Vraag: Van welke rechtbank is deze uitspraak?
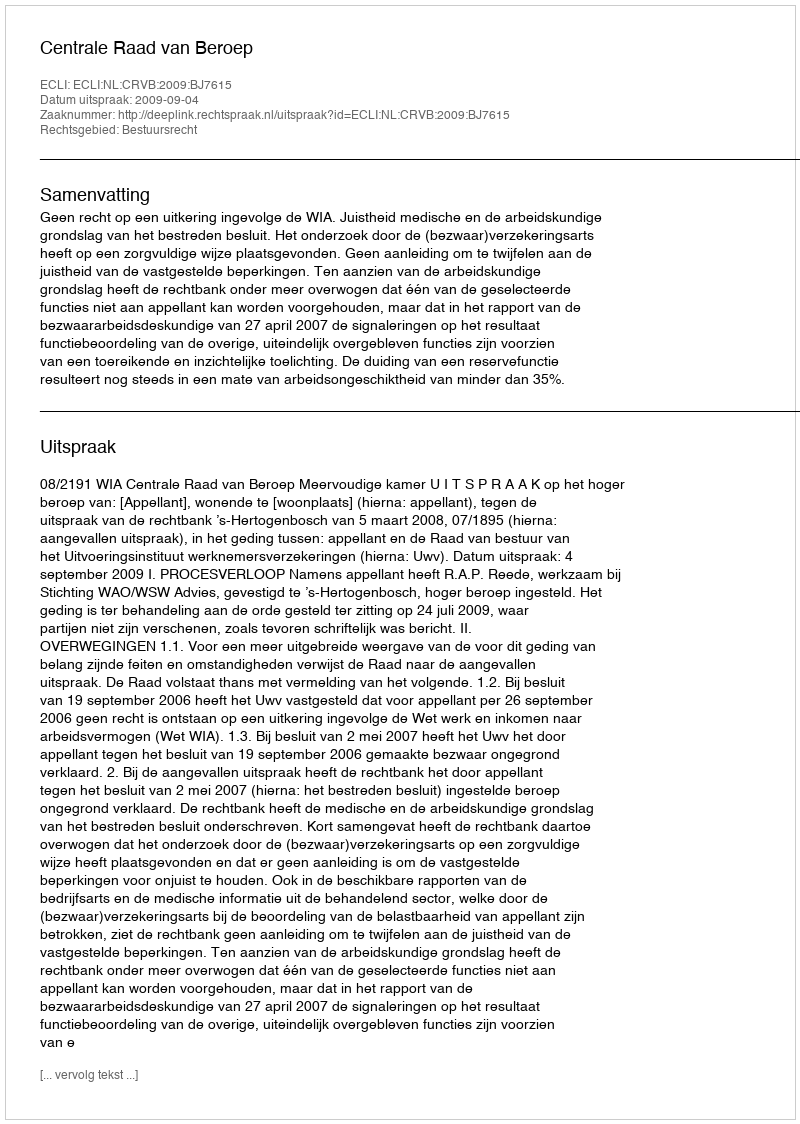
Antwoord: Centrale Raad van Beroep